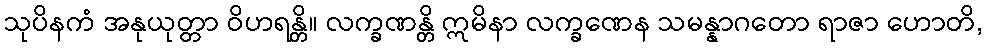
သုပိနကံ အနုယုတ္တာ ဝိဟရန္တိ။ လက္ခဏန္တိ ဣမိနာ လက္ခဏေန သမန္နာဂတော ရာဇာ ဟောတိ,